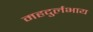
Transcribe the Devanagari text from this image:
महदुर्लभाय